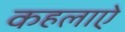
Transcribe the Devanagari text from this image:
कहलाऐ